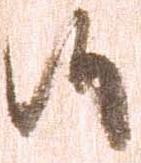
候